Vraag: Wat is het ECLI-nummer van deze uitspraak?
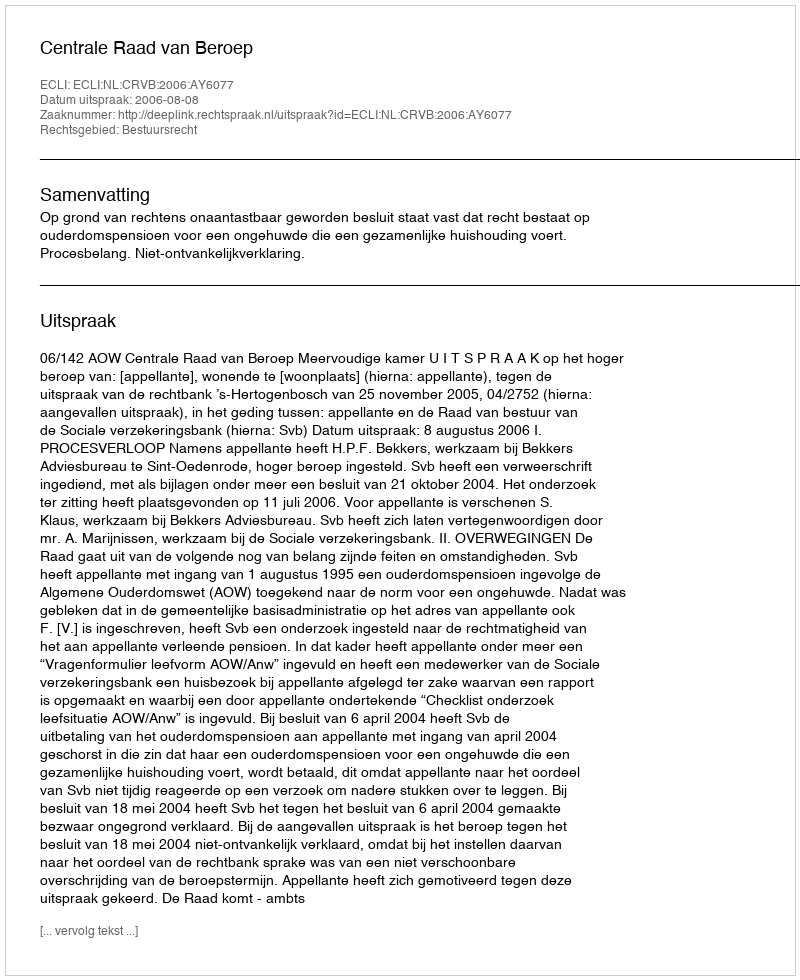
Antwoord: ECLI:NL:CRVB:2006:AY6077